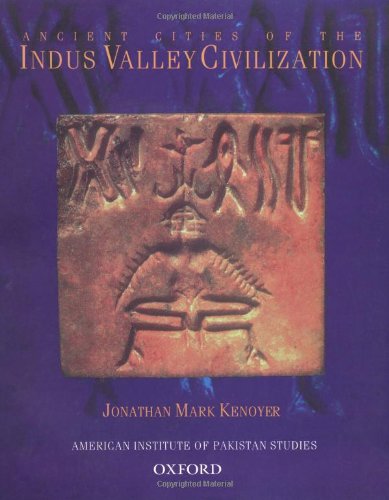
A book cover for Ancient Cities of the Indus Valley Civilization; Jonathan Mark Kenoyer; History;